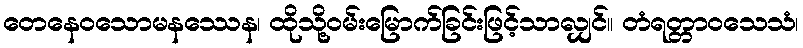
တေနေဝသောမနဿေန၊ ထိုသို့ဝမ်းမြောက်ခြင်းဖြင့်သာလျှင်။ တံရတ္တာဝသေသံ၊